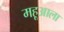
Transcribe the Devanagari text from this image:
महूआला